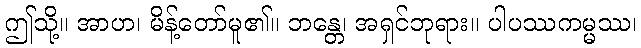
ဤသို့။ အာဟ၊ မိန့်တော်မူ၏။ ဘန္တေ၊ အရှင်ဘုရား။ ပါပဿကမ္မဿ၊